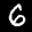
Label: 6